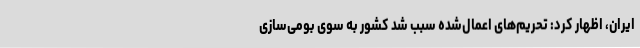
ایران، اظهار کرد: تحریم‌های اعمال‌شده سبب شد کشور به سوی بومی‌سازی